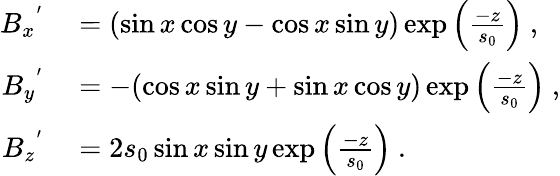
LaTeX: \begin{array}{rl}{{B_{x}}^{'}}&{{}=(\sin x\cos y-\cos x\sin y)\exp\left(\frac{-z}{s_{0}}\right)~,}\\ {{B_{y}}^{'}}&{{}=-(\cos x\sin y+\sin x\cos y)\exp\left(\frac{-z}{s_{0}}\right)~,}\\ {{B_{z}}^{'}}&{{}=2s_{0}\sin x\sin y\exp\left(\frac{-z}{s_{0}}\right)~.}\end{array}